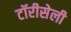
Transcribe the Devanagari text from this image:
टॉरीसेली